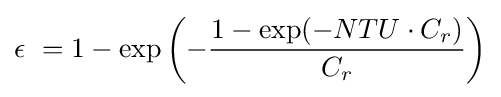
\epsilon \ =1-\exp \left(-{\frac {1-\exp(-NTU\cdot C_{r})}{C_{r}}}\right)